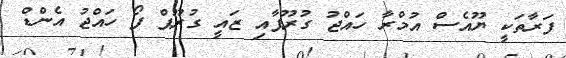
ފަރާތަކީ ޔޫއެސް އުމްރާ ހައްޖު ގުރޫޕާއި ޒައީ ގުރޫޕް ފޯ ހައްޖު އެންޑް